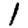
Digit: 1